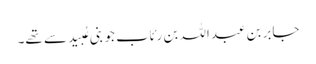
جابر بن عبداللہ بن رِئَاب جو بنی عُبَید سے تھے۔